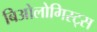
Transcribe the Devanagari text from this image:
बिओलोगिस्ट्स